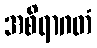
အစိရာဂတံ